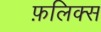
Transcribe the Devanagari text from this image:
फ़लिक्स